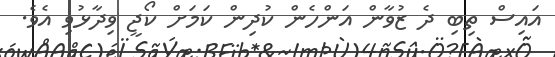
އައިސް ތިބި ދެ ޒުވާން އަންހެން ކުދިން ކަމަށް ކޯޖީ ވިދާޅުވި އެވެ.